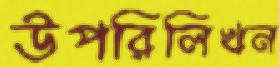
উপরিলিখন